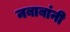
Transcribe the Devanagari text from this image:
नबाबांनी